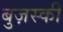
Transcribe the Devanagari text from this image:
बुज़स्की